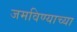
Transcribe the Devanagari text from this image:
जमविण्याच्या